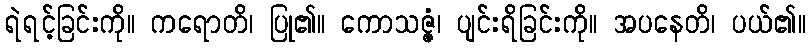
ရဲရင့်ခြင်းကို။ ကရောတိ၊ ပြု၏။ ကောသဇ္ဇံ၊ ပျင်းရိခြင်းကို။ အပနေတိ၊ ပယ်၏။